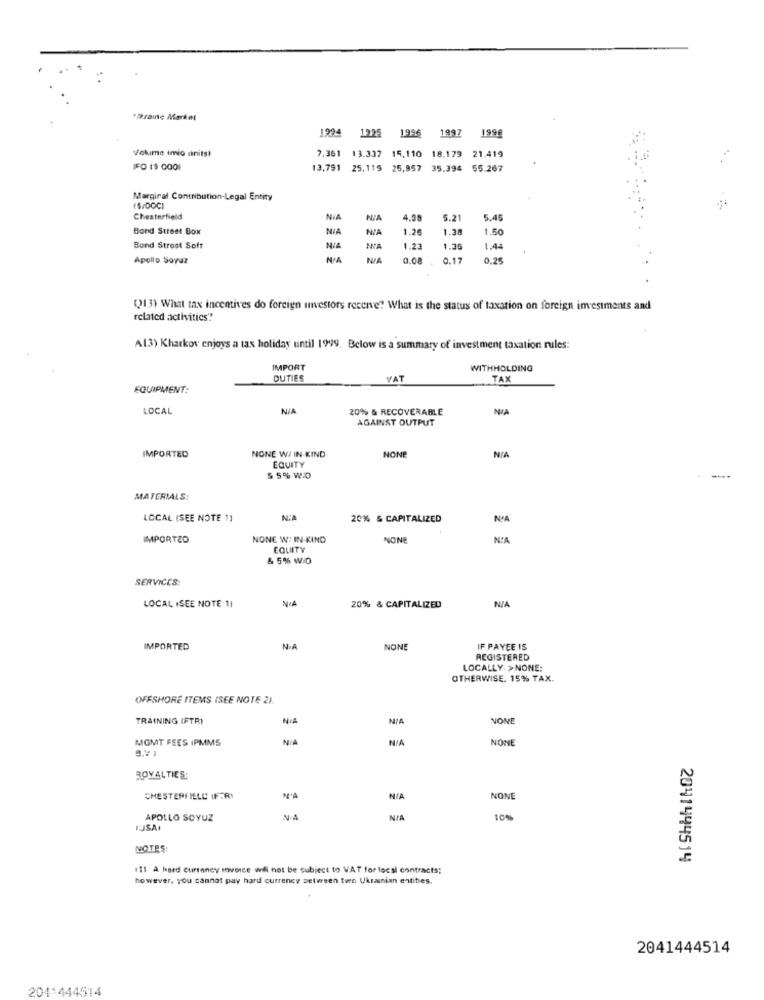
*/kraing Market
1994
1995
1996
1997
1996
18.179 21.419
Volume imio units!
7.361 13.337 15,110
IFO ($ 000)
13,791 25,119 25,957
35.394 55.267
Marginal Contribution-Legal Entity
€$/DOCI
Chesterfield
NIA
4.95
5.21
5.45
Bond Street Box
1.26
1.28
1.50
Bond Street Soft
NIA
NA
1.23
1.35
1.44
Apollo Soyuz
NIA
0.08
0.17
0.25
(13) What tax incentives do foreign investors receive" What is the status of taxation on foreign imesiments and
related activities!
AL3) Kharkov enjoys a tax holiday until 1999. Below is a summary of investment taxation rules:
IMPORT
WITHHOLDING
DUTIES
VAT
TAX
EQUIPMENT:
LOCAL
20% & RECOVERABLE
NA
AGAINST OUTPUT
IMPORTED
NON
NONE W/ IN KIND
EQUITY
$ 5% W:D
MATERIALS:
LOCAL (SEE NOTE 1]
N.A
20% & CAPITALIZED
N'A
IMPORTZO
NONE W: IN-KIND
NONE
NIA
EQUITY
& 5% WO
SERVICES:
LOCAL ISEE NOTE 11
20% & CAPITALIZED
IMPORTED
N / A
NONE
IF PAYEE IS
REGISTERED
LOCALLY.>NONE:
OTHERWISE. 15% TAX.
OFFSHORE ITEMS (SEE NOTE 2).
TRAINING IFTRI
NIA
NONE
MGMT FEES IPMMS
NONE
ROYALTIES:
CHESTERFIELD IFTRY
N'A
NIA
NONE
APOLLO SOYUZ
NA
NIA
100%
NOTES:
2041444514
111 A hard Currency invoice will not be subject to VAT for local contracts:
however, you cannot pay hard currency between two Ukrainian entities.
2041444514
2041444514